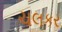
ચલકર